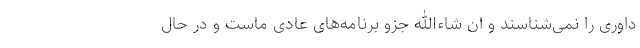
داوری را نمی‌شناسند و ان شاءالله جزو برنامه‌های عادی ماست و در حال